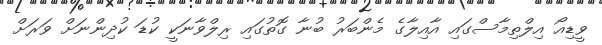
ވީޑިއޯ އިލްތިމާސްގައި އާއިލާގެ މެންބަރު ބުނާ ގޮތުގައި ރިލްވާނަކީ ކުޑަ ކުދިންނަށް ވަރަށް